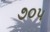
૭૦૫